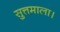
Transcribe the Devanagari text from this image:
सुत्तमाला।